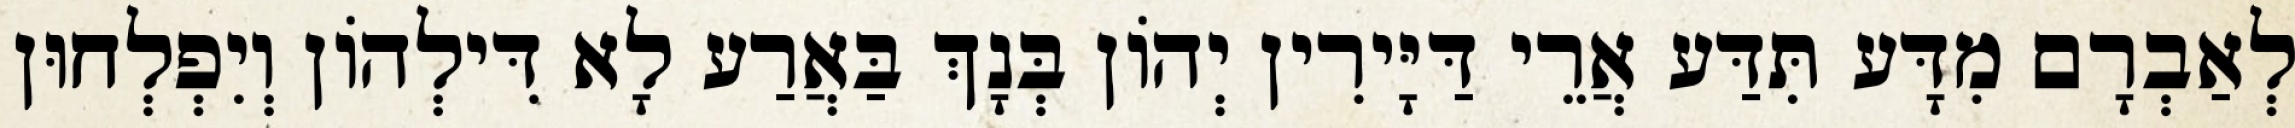
לְאַבְרָם מִדָּע תִּדַּע אֲרֵי דַּיָּירִין יְהוֹן בְּנָךְ בַּאֲרַע לָא דִּילְהוֹן וְיִפְלְחוּן